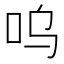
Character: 呜